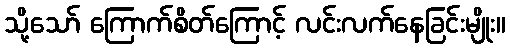
သို့သော် ကြောက်စိတ်ကြောင့် လင်းလက်နေခြင်းမျိုး။